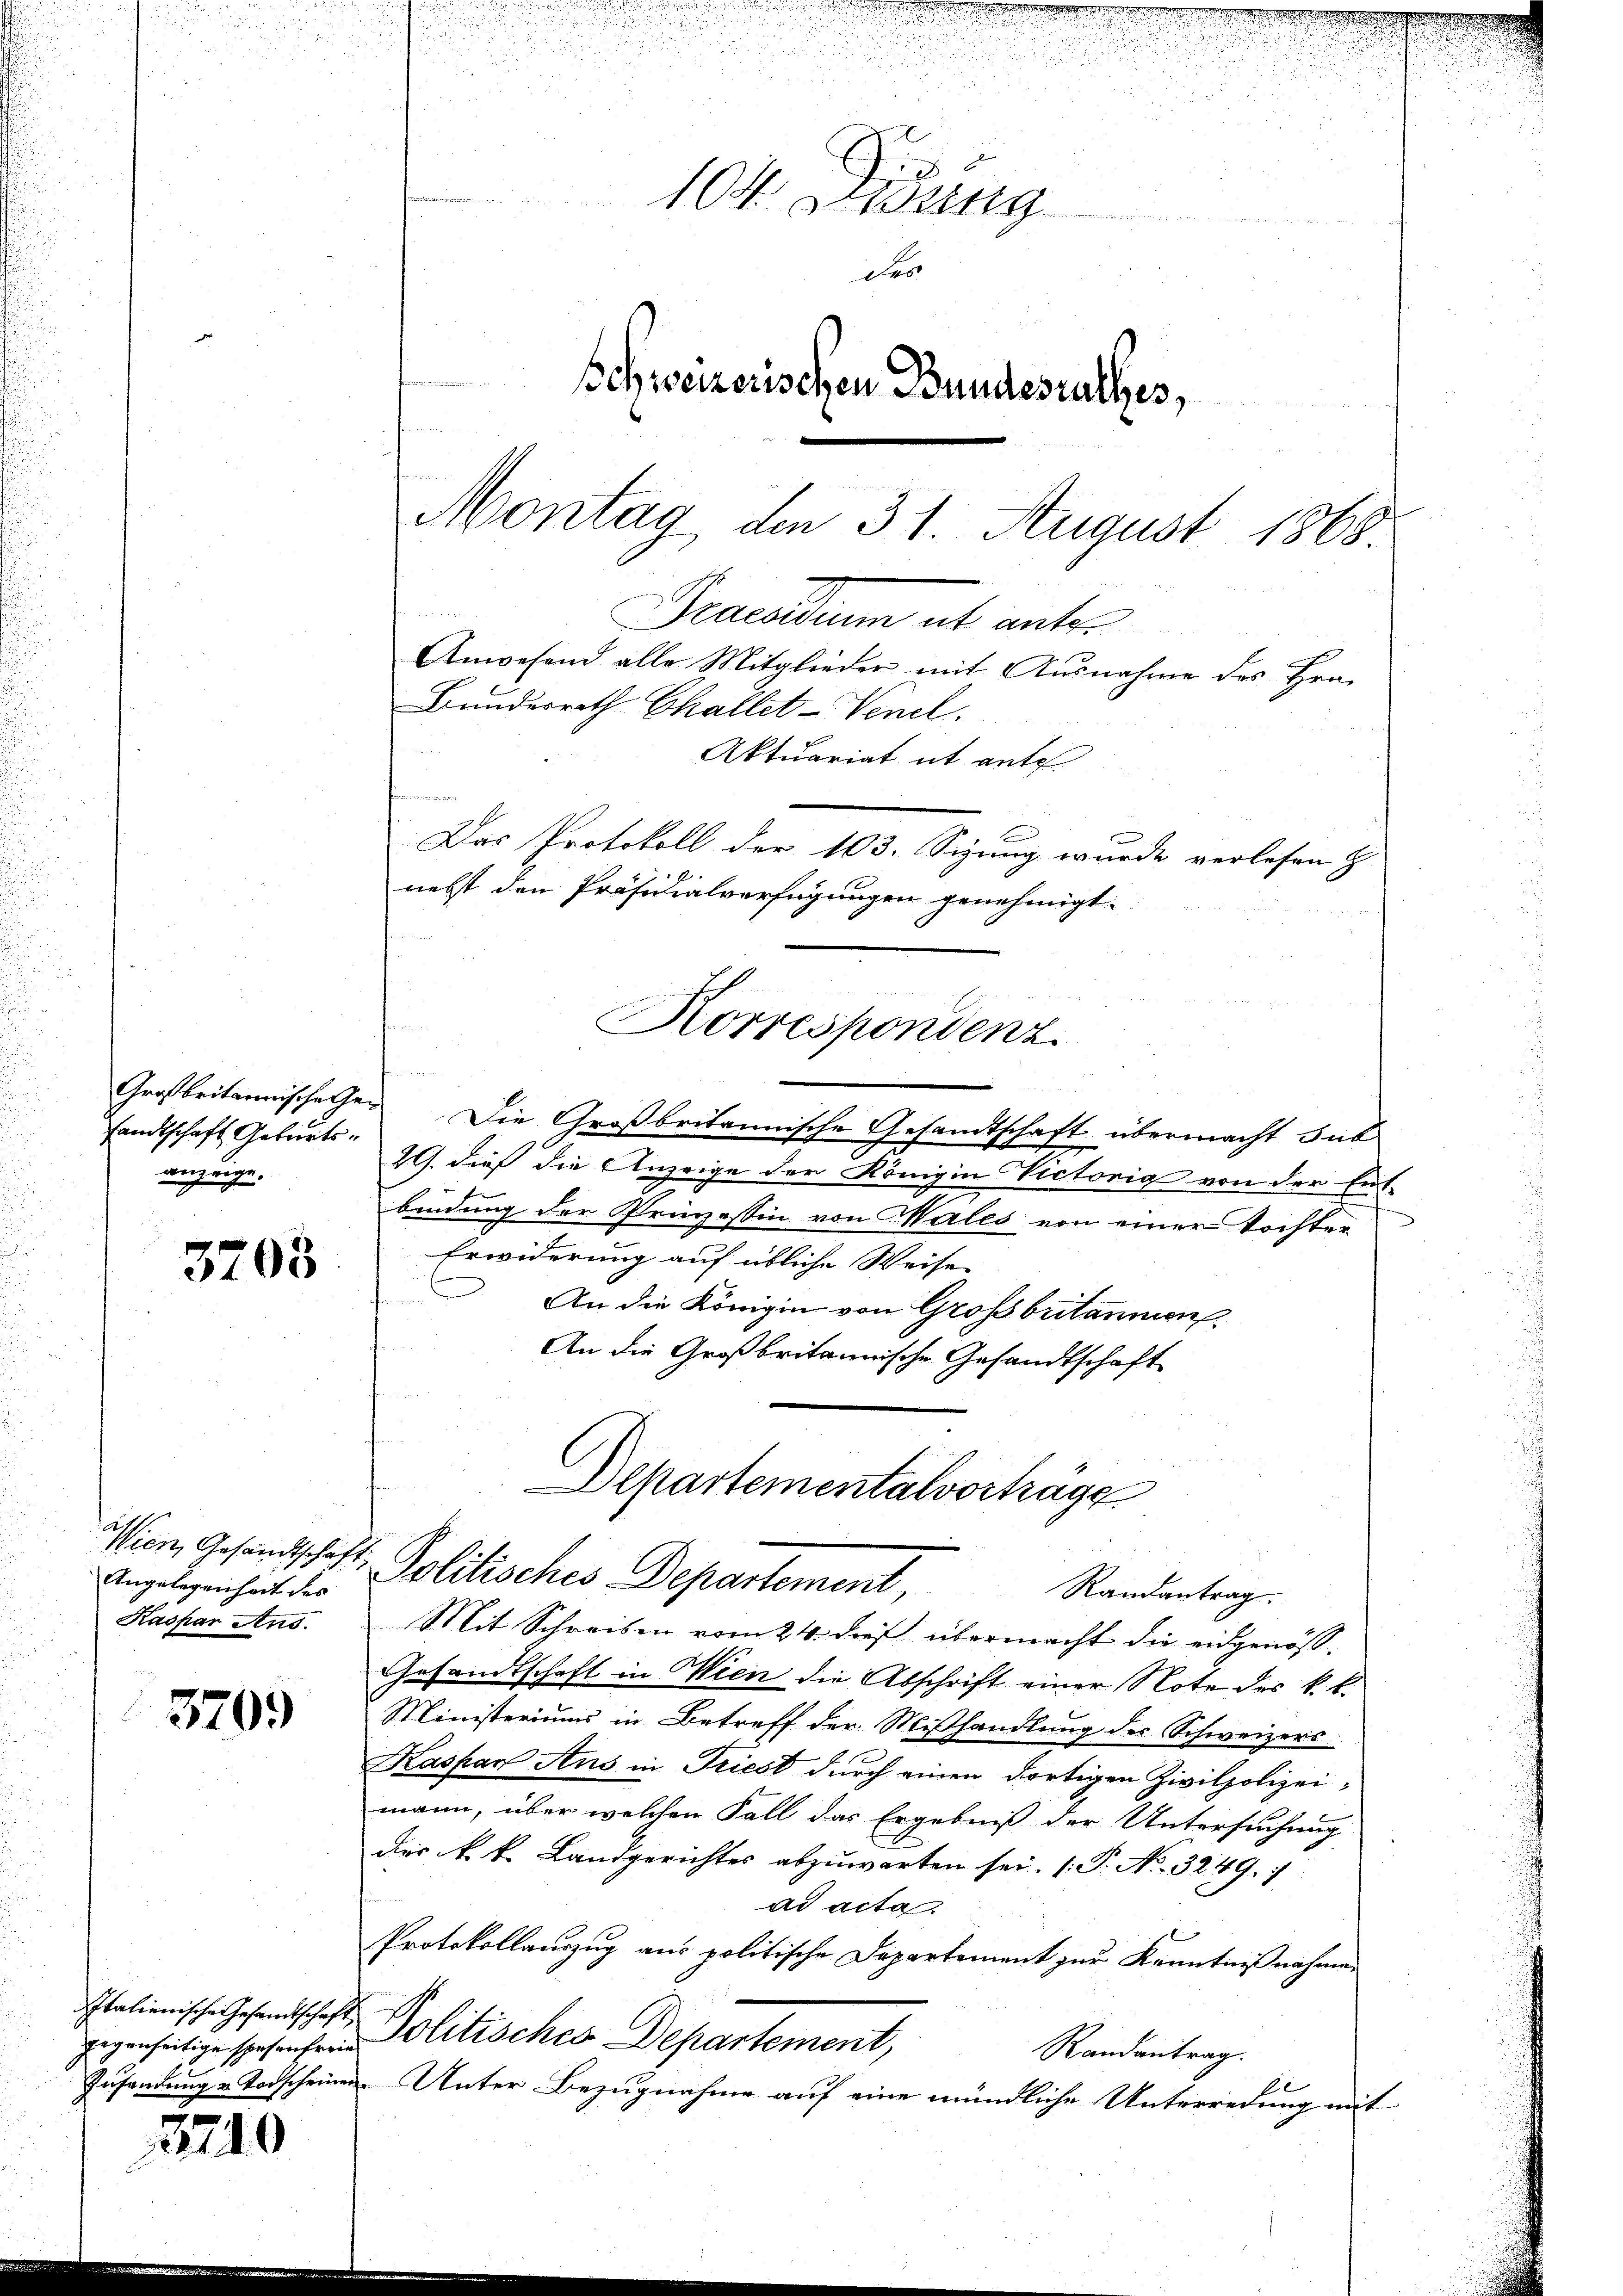
sandtschaft Geburtsanzeige.

3705

Angelegenheit des
Kaspar Ans

3709

gegenseitige spesenfreie

2740

e
104 verung
der
schweizerischen Bundesrathes,
Montag den 31. August 1868.

Deventum ab unter
Bundesrath Challet-Venel.
Aktuariat it ent
Das Protokoll der 103. Sizung wurde verlesen h
nebst den Präsidialverfügungen genehmigt.
Korrespondenz

u
Großbritannische Ger. Die Großbritannische Gesandtschaft übermacht sub
29. dieß die Anzeige der Königin Victorig von der Ent-
bindung der Prinzessin von Males von einer Tochter
Erwiderung auf übliche Weise
u
An die Königin von Großbritannien
An die Großbritannische Gesandtschaft
Mit Schreiben vom 24. dieß übermacht die eidgenöß¬
Gesandtschaft in Wien die Abschrift einer Note des k. k.
Ministeriums in Betreff der Mißhandlung des Schweizers
Kaspar Aus in Triest durch einen dortigen Zivilpolizeimann, über welchen Fall das Ergebniß der Untersuchung
Dies k. k. Landgerichtes abzuwarten sei. (T. No. 3249. 7
ad acta
x
Protokollauszug aus politische Departement zur Kenntnißnahme
Italienische Gesandtschaft Politisches Departement,
Randantrag.
t
Zusendung u Todscheinen Unter Bezugnahme auf eine mündliche Unterredung mit

Anwesend alle Mitglieder mit Ausnahme des Hrn.

Departementalvorträge
Wien Gesandtschaft, Politisches Departement, Randantrag.